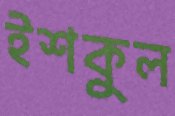
ইশকুল